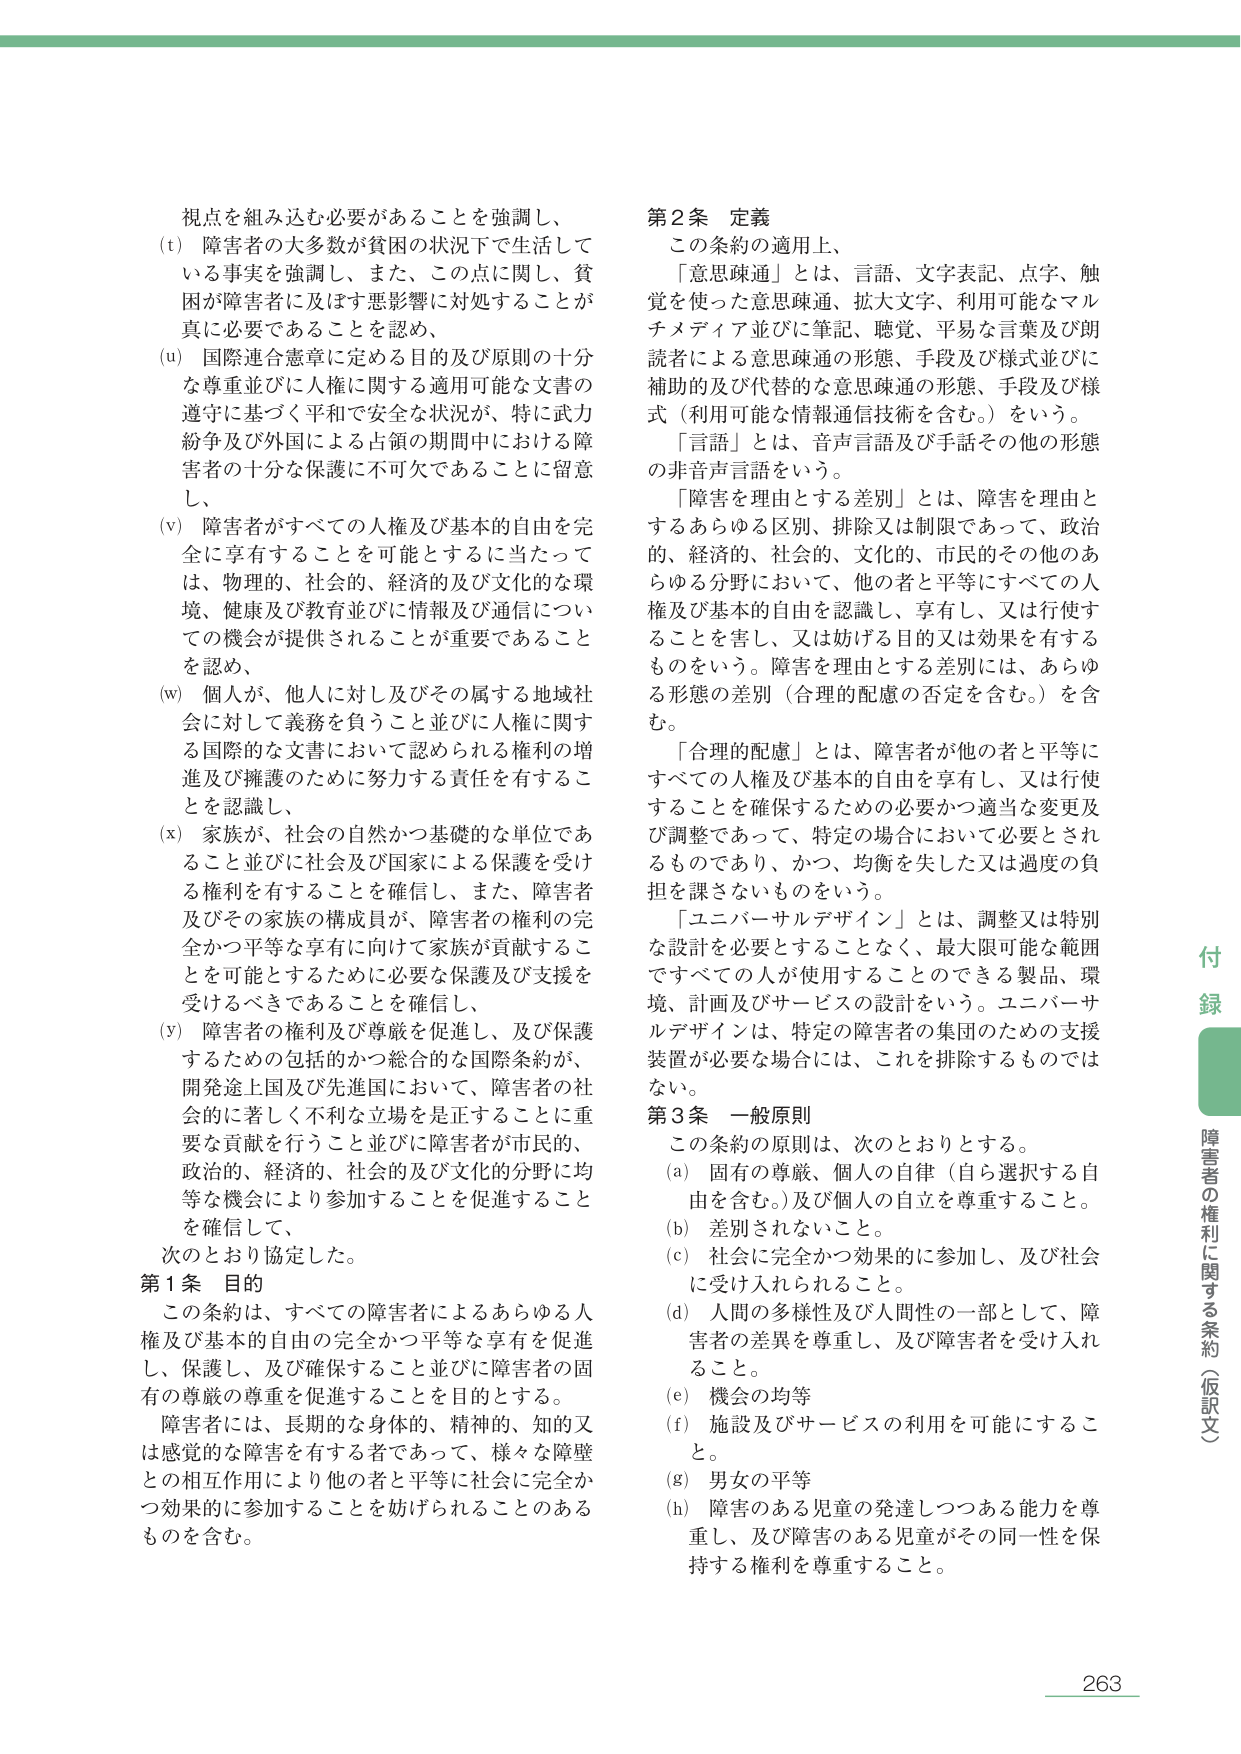
視点を組み込む必要があることを強調し、
(t) 障害者の大多数が貧困の状況下で生活している事実を強調し、また、この点に関し、貧困が障害者に及ぼす悪影響に対処することが真に必要であることを認め、
(u) 国際連合憲章に定める目的及び原則の十分な尊重並びに人権に関する適用可能な文書の遵守に基づく平和で安全な状況が、特に武力紛争及び外国による占領の期間中における障害者の十分な保護に不可欠であることに留意し、
(v) 障害者がすべての人権及び基本的自由を完全に享有することを可能とするに当たっては、物理的、社会的、経済的及び文化的な環境、健康及び教育並びに情報及び通信についての機会が提供されることが重要であることを認め、
(w) 個人が、他人に対して及びその属する地域社会に対して義務を負うこと並びに人権に関する国際的な文書において認められる権利の増進及び擁護のために努力する責任を有することを認識し、
(x) 家族が、社会の自然かつ基礎的な単位であることに並びに社会及び国家による保護を受ける権利を有することを確信し、また、障害者及びその家族の構成員が、障害者の権利の完全かつ平等な享有に向けて家族が貢献することを可能とするために必要な保護及び支援を受けるべきであることを確信し、
(y) 障害者の権利及び尊厳を促進し、及び保護するための包括的かつ総合的な国際条約が、開発途上国及び先進国において、障害者の社会的に著しく不利な立場を是正することに重要な貢献を行うこと並びに障害者が市民的、政治的、経済的、社会的及び文化的分野に均等な機会により参加することを促進することを確信して、
次のとおり協定した。

第1条 目的
この条約は、すべての障害者によるあらゆる人権及び基本的自由の完全かつ平等な享有を促進し、保護し、及び確保すること並びに障害者の固有の尊厳の尊重を促進することを目的とする。
障害者には、長期的な身体的、精神的、知的又は感覚的な障害を有する者であって、様々な障壁との相互作用により他の者と平等に社会に完全かつ効果的に参加することを妨げられることのあるものを含む。

第2条 定義
この条約の適用上、
「意思疎通」とは、言語、文字表記、点字、触覚を使った意思疎通、拡大文字、利用可能なマルチメディア並びに筆記、聴覚、平易な言葉及び朗読者による意思疎通の形態、手段及び様式並びに補助的及び代替的な意思疎通の形態、手段及び様式（利用可能な情報通信技術を含む。）をいう。
「言語」とは、音声言語及び手話その他の形態の非音声言語をいう。
「障害を理由とする差別」とは、障害を理由とするあらゆる区別、排除又は制限であって、政治的、経済的、社会的、文化的、市民的その他のあらゆる分野において、他の者と平等にすべての人権及び基本的自由を認識し、享有し、又は行使することを害し、又は妨げる目的又は効果を有するものをいう。障害を理由とする差別は、あらゆる形態の差別（合理的配慮の否定を含む。）を含む。
「合理的配慮」とは、障害者が他の者と平等にすべての人権及び基本的自由を享有し、又は行使することを確保するための必要かつ適当な変更及び調整であって、特定の場合において必要とされるものであり、かつ、均衡を失した又は過度の負担を課さないものをいう。
「ユニバーサルデザイン」とは、調整又は特別な設計を必要とすることなく、最大限可能な範囲ですべての人が使用することのできる製品、環境、計画及びサービスの設計をいう。ユニバーサルデザインは、特定の障害者の集団のための支援装置が必要な場合には、これを排除するものではない。

第3条 一般原則
この条約の原則は、次のとおりとする。
(a) 固有の尊厳、個人の自律（自ら選択する自由を含む。）及び個人の自立を尊重すること。
(b) 差別されないこと。
(c) 社会に完全かつ効果的に参加し、及び社会に受け入れられること。
(d) 人間の多様性及び人間性の一部として、障害者の差異を尊重し、及び障害者を受け入れること。
(e) 機会の均等
(f) 施設及びサービスの利用を可能にすること。
(g) 男女の平等
(h) 障害のある児童の発達しつつある能力を尊重し、及び障害のある児童がその同一性を保持する権利を尊重すること。

付録
障害者の権利に関する条約（仮訳文）
263